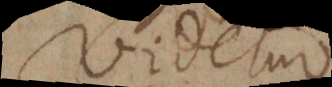
Videtur